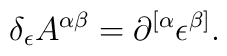
\delta _\epsilon A^{\alpha \beta }=\partial ^{[\alpha }\epsilon^{\beta ]}.